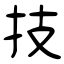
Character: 技